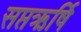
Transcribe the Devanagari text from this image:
सप्तऋर्षि